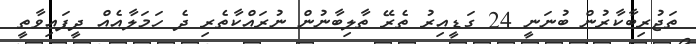
ތަޖުރިބާކާރުން ބުނަނީ 24 ގަޑީއިރު ތެރޭ ތާލިބާނުން ނުރައްކާތެރި ދެ ހަމަލާއެއް ދީފައިވާތީ